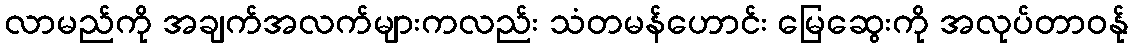
လာမည်ကို အချက်အလက်များကလည်း သံတမန်ဟောင်း မြေဆွေးကို အလုပ်တာဝန်ု